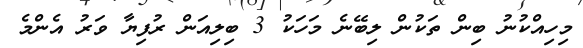
މިހިއްކުނު ބިން ތަކުން ލިބޭނެ މަހަކު 3 ބިލިއަން ރުފިޔާ ވަރު އެންމެ